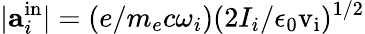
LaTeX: |\textbf{a}_{i}^{\mathrm{in}}|=(e/m_{e}c\omega_{i})(2I_{i}/\epsilon_{0}\mathrm{v_{i}})^{1/2}